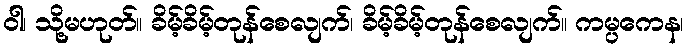
ဝါ၊ သို့မဟုတ်။ ခိမ့်ခိမ့်တုန်စေလျက်၊ ခိမ့်ခိမ့်တုန်စေလျက်။ ကမ္ပကေန၊